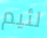
لئيم